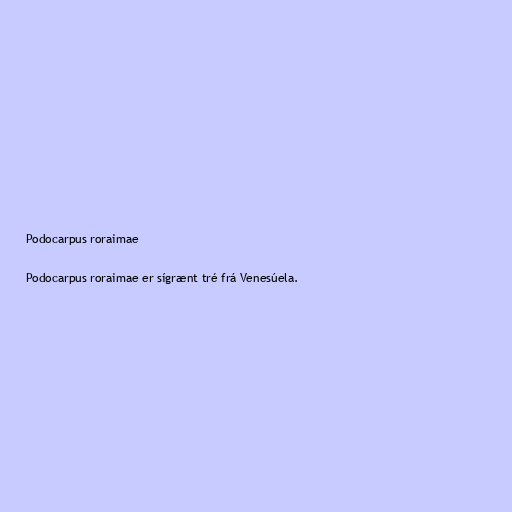
Podocarpus roraimae

Podocarpus roraimae er sígrænt tré frá Venesúela.